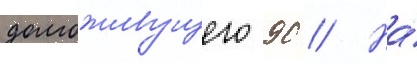
долгоживущего 90 // На́